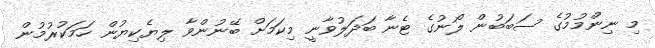
މި ނިންމުމުގެ ސަބަބުން ލޯނުގެ ޓެނާ ބަދަލުވާނީ މިކަމަށް ބޭނުންވާ ލިޔެކިޔުން ހަމަކުރުމުން